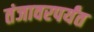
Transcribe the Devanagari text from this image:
तंजावरपर्यंत